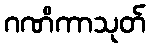
ဂဏိကာသုတ်